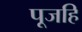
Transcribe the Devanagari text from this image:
पूजहि